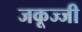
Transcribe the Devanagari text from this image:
जकूज्जी